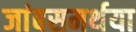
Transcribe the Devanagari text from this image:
जांबसमर्थया